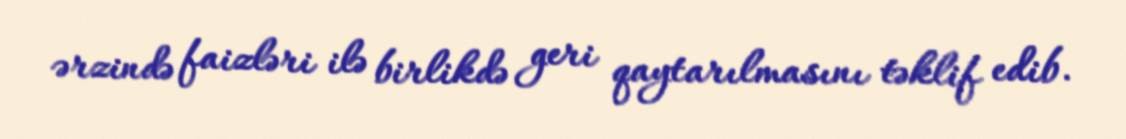
ərzində faizləri ilə birlikdə geri qaytarılmasını təklif edib.